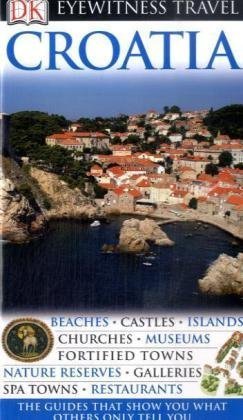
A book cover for DK Eyewitness Travel Guide: Croatia; Leandro Zoppe; Travel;